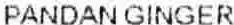
PANDAN GINGER